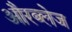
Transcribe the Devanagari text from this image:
औरब्लेज